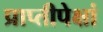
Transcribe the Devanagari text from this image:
प्राप्तीपेक्षां